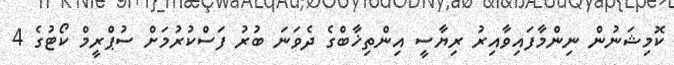
ކޮމިޝަނުން ނިންމާފައިވާއިރު ރިޔާސީ އިންތިޚާބްގެ ދެވަނަ ބުރު ފަސްކުރުމަށް ސުޕްރީމް ކޯޓުގެ 4